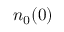
n _ { 0 } ( 0 )